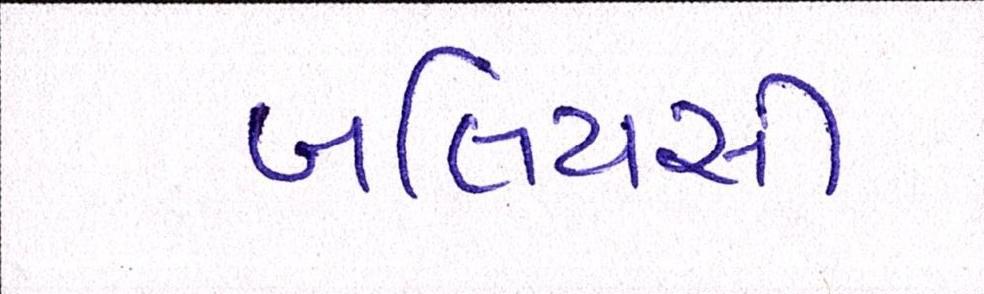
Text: બલિયસી